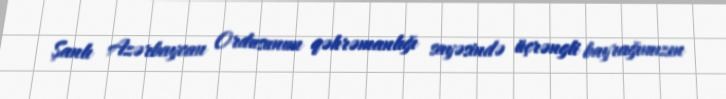
Şanlı Azərbaycan Ordusunun qəhrəmanlığı sayəsində üçrəngli bayrağımızın